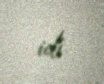
idi.